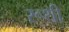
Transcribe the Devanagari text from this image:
रूथी